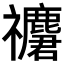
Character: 𥜮